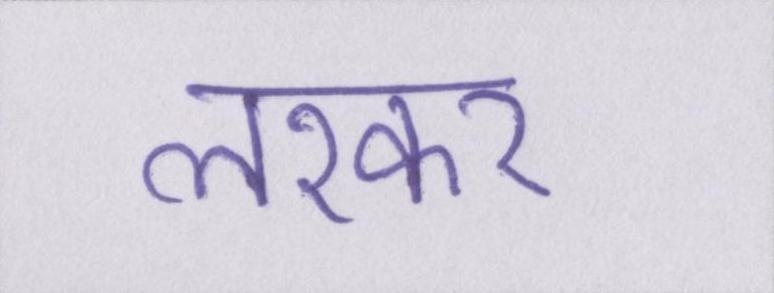
लश्कर